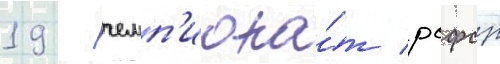
19 - чемп'иона́т рсфср